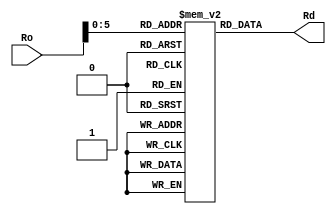
module LDD (
    input [19:0] Ro, // from here
    output reg [19:0] Rd // to here
);

reg [19:0] memory [0:63]; // does something?

always @*
begin
    Rd = memory[Ro];
end

endmodule